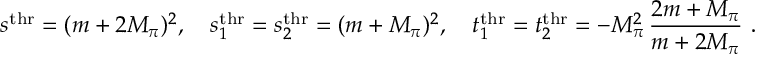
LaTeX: s ^ { \mathrm { t h r } } = ( m + 2 M _ { \pi } ) ^ { 2 } , \quad s _ { 1 } ^ { \mathrm { t h r } } = s _ { 2 } ^ { \mathrm { t h r } } = ( m + M _ { \pi } ) ^ { 2 } , \quad t _ { 1 } ^ { \mathrm { t h r } } = t _ { 2 } ^ { \mathrm { t h r } } = - M _ { \pi } ^ { 2 } \, { \frac { 2 m + M _ { \pi } } { m + 2 M _ { \pi } } } \, \, .